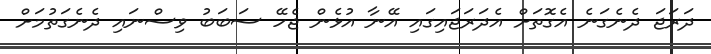
ދަރަޖަ ދެނެގަނެ އެގޮތަށް އެދަރަޖައިގައި އޭނާ އުޅެން ޖެހޭ ސަބަބު ވިސްނައި ދެނެގަތުމަށް